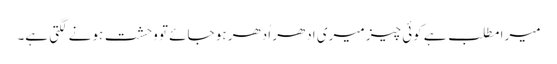
میرا مطلب ہے کوئی چیز میری اِدھر اُدھر ہو جائے تو وحشت ہونے لگتی ہے۔